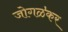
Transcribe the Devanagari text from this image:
जोगळ॓कर